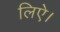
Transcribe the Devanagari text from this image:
लिऐ।